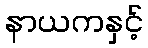
နာယကနှင့်